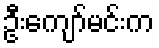
ဦးကျော်မင်းက